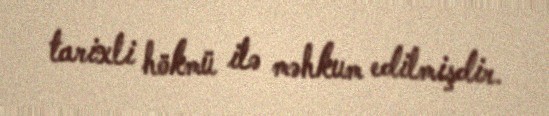
tarixli hökmü ilə məhkum edilmişdir.